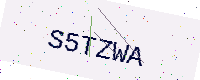
Text: S5TZWA